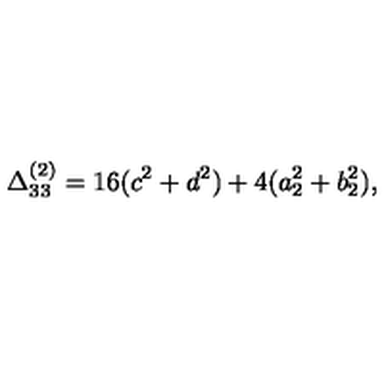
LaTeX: \Delta _ { 3 3 } ^ { ( 2 ) } = 1 6 ( c ^ { 2 } + d ^ { 2 } ) + 4 ( a _ { 2 } ^ { 2 } + b _ { 2 } ^ { 2 } ) ,